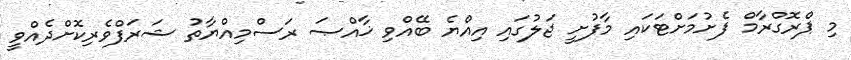
މި ޕްރޮގްރާމް ފެށުމަށްޓަކައި މާފުށީ ޖަލުގައި އިއްޔެ ބޭއްވި ޚާއްޞަ ރަސްމިއްޔާތު ޝަރަފްވެރިކޮށްދެއްވީ